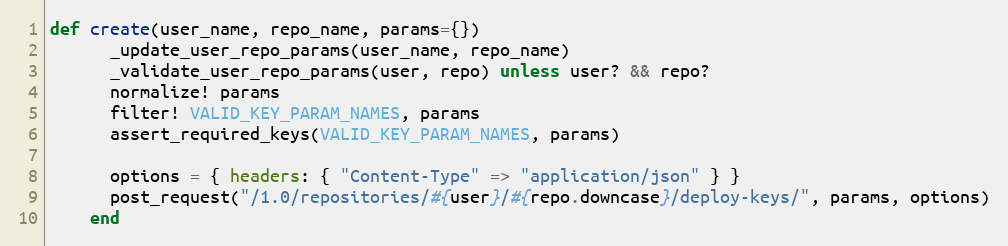
Language: Ruby
def create(user_name, repo_name, params={})
      _update_user_repo_params(user_name, repo_name)
      _validate_user_repo_params(user, repo) unless user? && repo?
      normalize! params
      filter! VALID_KEY_PARAM_NAMES, params
      assert_required_keys(VALID_KEY_PARAM_NAMES, params)

      options = { headers: { "Content-Type" => "application/json" } }
      post_request("/1.0/repositories/#{user}/#{repo.downcase}/deploy-keys/", params, options)
    end